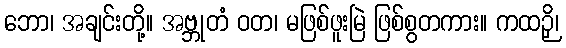
ဘော၊ အချင်းတို့။ အဗ္ဘုတံ ဝတ၊ မဖြစ်ဖူးမြဲ ဖြစ်စွတကား။ ကထဉှိ၊